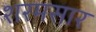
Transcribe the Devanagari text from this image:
शरमसार